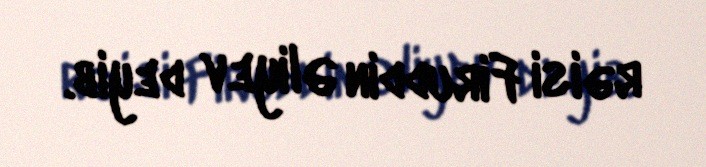
rəisi Firuddin Əliyev deyib.